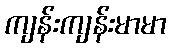
ကျန်းကျန်းမာမာ